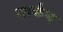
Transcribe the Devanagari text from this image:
मार्कन